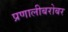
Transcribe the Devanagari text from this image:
प्रणालीबरोबर